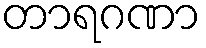
တာရဂဏာ